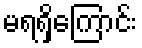
မရရှိကြောင်း